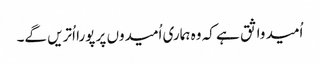
اُمید واثق ہے کہ وہ ہماری اُمیدوں پر پورا اُتریں گے۔